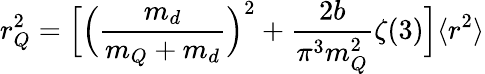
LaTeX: r_{Q}^{2}=\Bigl[\Bigl({\frac{m_{d}}{m_{Q}+m_{d}}}\Bigr)^{2}+{\frac{2b}{\pi^{3}m_{Q}^{2}}}\zeta(3)\Bigr]\langle r^{2}\rangle